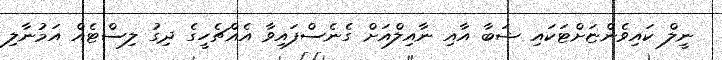
ނީލް ކައިވެންޏަށްޓަކައި ޝަބާ އާއި ނާއިލްއަށް ގެނެސްފައިވާ އެއްޗެހީގެ ދިގު ލިސްޓެއް އަމުނާލި